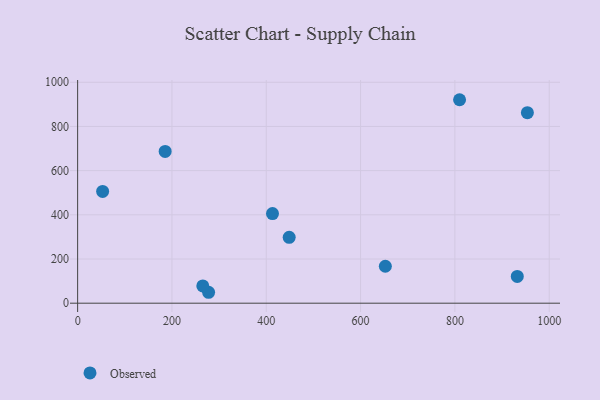
{"axis": {"x": "Ad Spend", "y": "Yield"}, "legend": ["Observed"], "data": [{"x": "932.3", "y": 121.0, "type": "Observed"}, {"x": "53.0", "y": 505.9, "type": "Observed"}, {"x": "413.2", "y": 405.6, "type": "Observed"}, {"x": "277.7", "y": 49.4, "type": "Observed"}, {"x": "953.7", "y": 862.3, "type": "Observed"}, {"x": "265.4", "y": 78.3, "type": "Observed"}, {"x": "652.5", "y": 167.3, "type": "Observed"}, {"x": "448.6", "y": 298.3, "type": "Observed"}, {"x": "809.9", "y": 921.0, "type": "Observed"}, {"x": "185.6", "y": 686.9, "type": "Observed"}]}